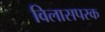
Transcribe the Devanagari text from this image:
विलासपरक